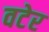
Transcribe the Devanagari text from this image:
वटेर